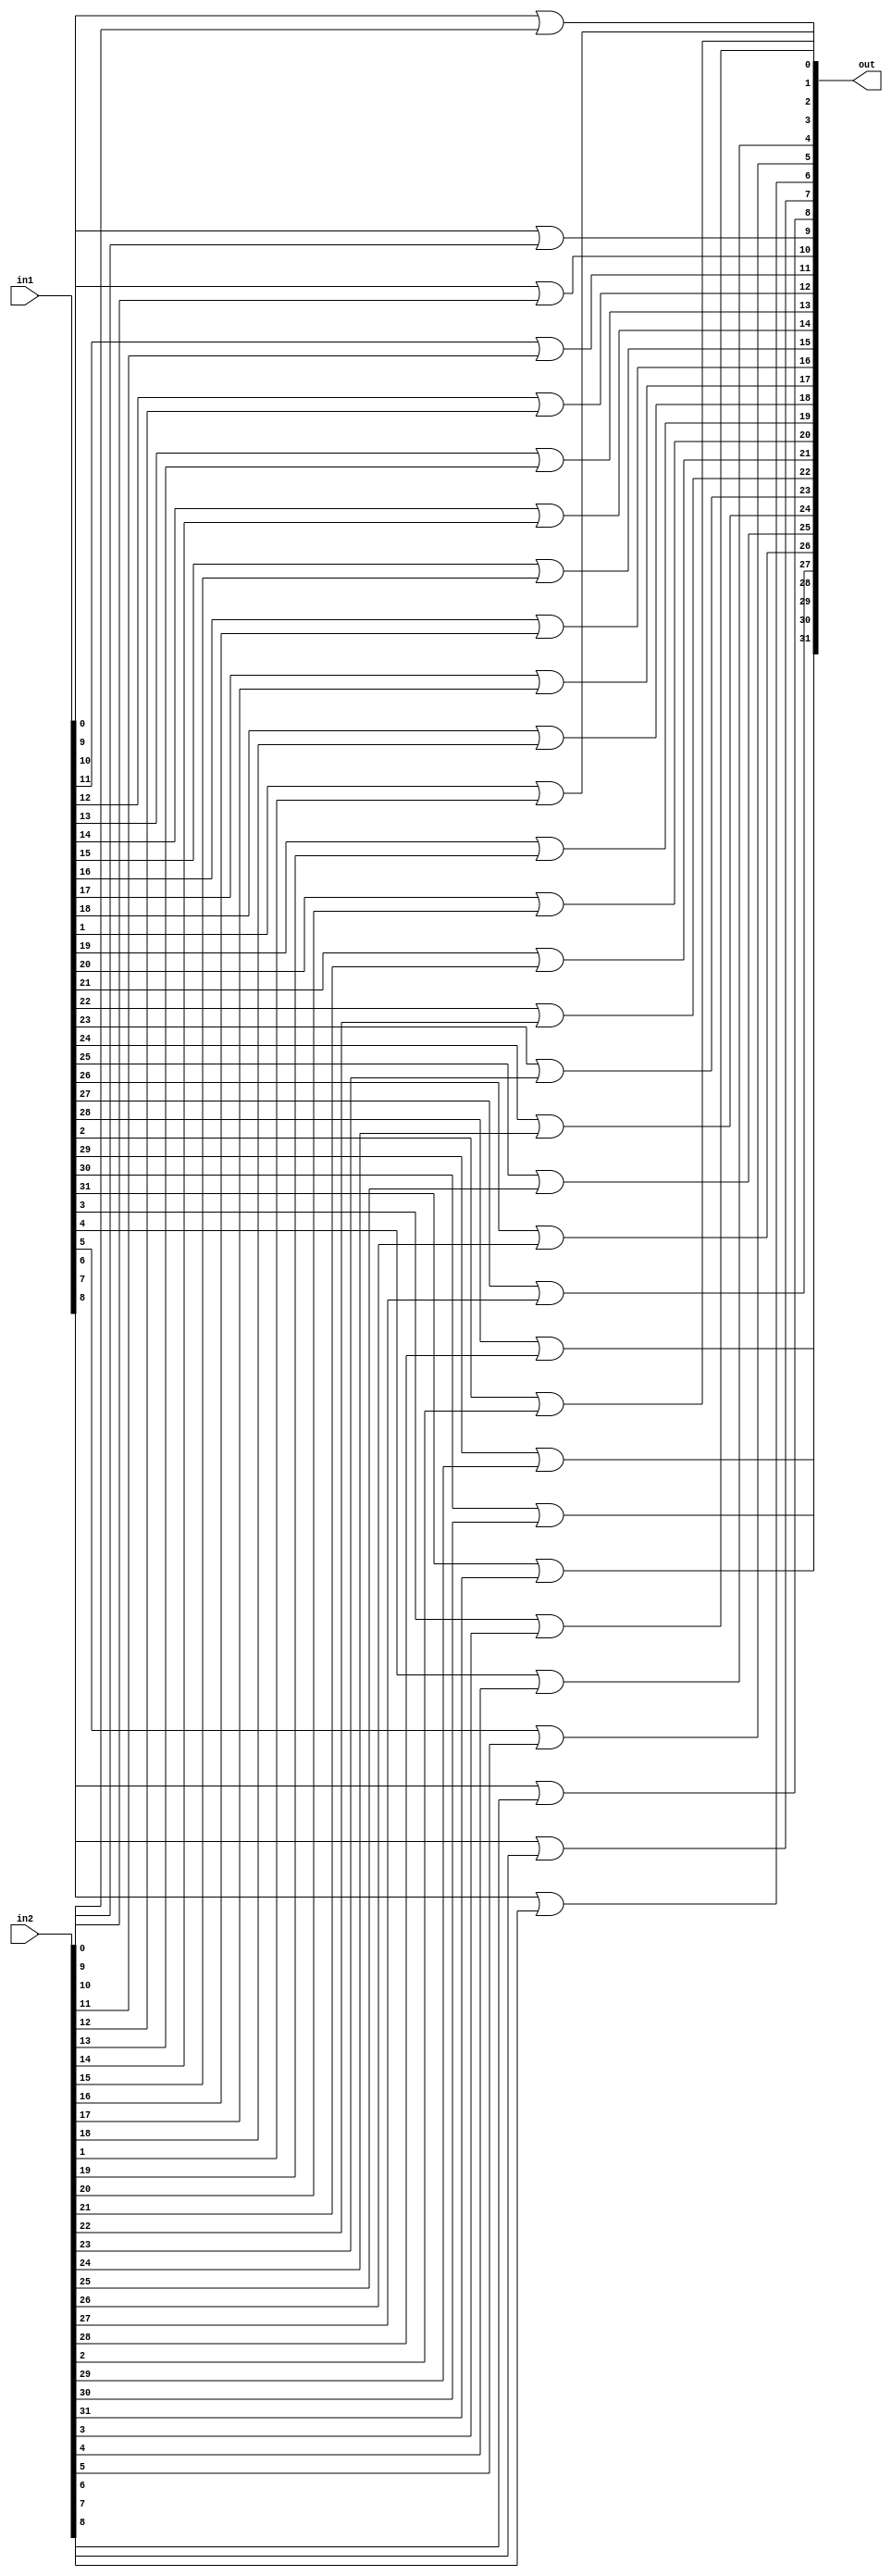
module bitOr(out, in1, in2);
	input [31:0] in1, in2;
	
	output [31:0] out;
	
	genvar i;
	generate
		for(i = 0; i < 32; i=i+1) begin: loop1
			or myor(out[i], in1[i], in2[i]);
		end
	endgenerate

endmodule